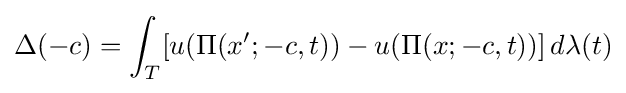
\Delta (-c)=\int _{T}[u(\Pi (x';-c,t))-u(\Pi (x;-c,t))]\,d\lambda (t)